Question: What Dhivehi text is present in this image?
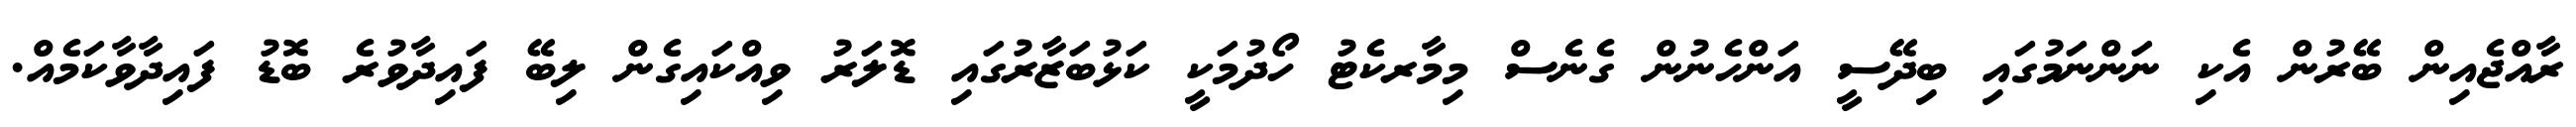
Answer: ރާއްޖެއިން ބޭރުން އެކި ނަންނަމުގައި ބިދޭސީ އަންހެނުން ގެނެސް މިމާރކެޓު ހޯދުމަކީ ކަޅުބަޒާރުގައި ޑޮލަރު ވިއްކައިގެން ލިބޭ ފައިދާވުރެ ބޮޑު ފައިދާވާކަމެއް.